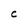
Character: C